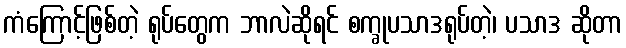
ကံကြောင့်ဖြစ်တဲ့ ရုပ်တွေက ဘာလဲဆိုရင် စက္ခုပသာဒရုပ်တဲ့၊ ပသာဒ ဆိုတာ